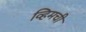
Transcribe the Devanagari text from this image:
व्हिमची